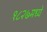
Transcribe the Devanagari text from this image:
१८२७मध्ये